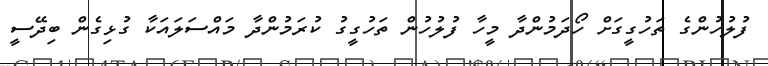
ފުލުހުންގެ ތަހުގީގަށް ހޯދަމުންދާ މީހާ ފުލުހުން ތަހުގީގު ކުރަމުންދާ މައްސަލައަކާ ގުޅިގެން ބިދޭސީ